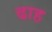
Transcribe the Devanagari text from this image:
ढाह